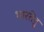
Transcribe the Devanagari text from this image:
भारतेंद्रु